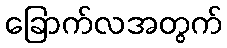
ခြောက်လအတွက်